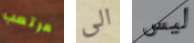
مرتعب الى ليس